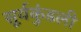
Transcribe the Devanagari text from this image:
सूर्यकुंडली